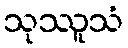
သုဿူသံ